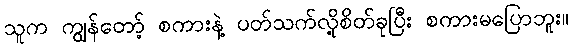
သူက ကျွန်တော့် စကားနဲ့ ပတ်သက်လို့စိတ်ခုပြီး စကားမပြောဘူး။